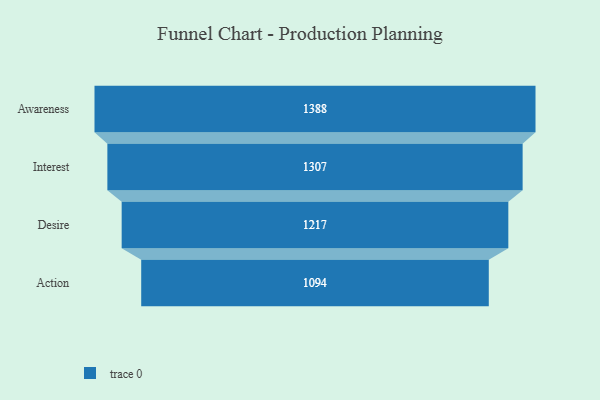
{"axis": {"x": "Stage", "y": "Value"}, "legend": [""], "data": [{"x": "Awareness", "y": 1388.0, "type": ""}, {"x": "Interest", "y": 1307.0, "type": ""}, {"x": "Desire", "y": 1217.0, "type": ""}, {"x": "Action", "y": 1094.0, "type": ""}]}